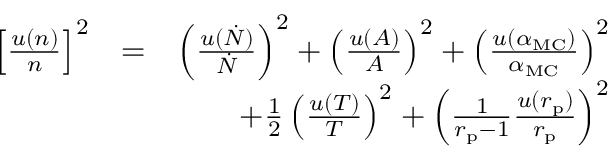
\begin{array} { r l r } { \left[ \frac { u \left( n \right) } { n } \right] ^ { 2 } } & { = } & { \left( \frac { u ( \dot { N } ) } { \dot { N } } \right) ^ { 2 } + \left( \frac { u ( A ) } { A } \right) ^ { 2 } + \left( \frac { u ( \alpha _ { \mathrm { M C } } ) } { \alpha _ { \mathrm { M C } } } \right) ^ { 2 } } \\ & { } & { + \frac { 1 } { 2 } \left( \frac { u ( T ) } { T } \right) ^ { 2 } + \left( \frac { 1 } { r _ { \mathrm { p } } - 1 } \frac { u ( r _ { \mathrm { p } } ) } { r _ { \mathrm { p } } } \right) ^ { 2 } } \end{array}